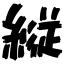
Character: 縦